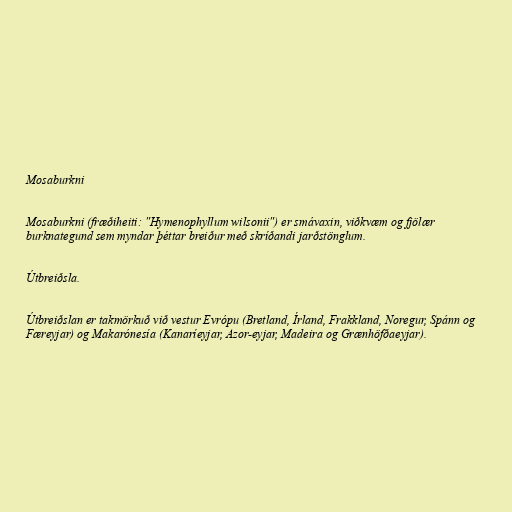
Mosaburkni

Mosaburkni (fræðiheiti: "Hymenophyllum wilsonii") er smávaxin, viðkvæm og fjölær
burknategund sem myndar þéttar breiður með skríðandi jarðstönglum.

Útbreiðsla.

Útbreiðslan er takmörkuð við vestur Evrópu (Bretland, Írland, Frakkland, Noregur, Spánn og
Færeyjar) og Makarónesía (Kanaríeyjar, Azor-eyjar, Madeira og Grænhöfðaeyjar).